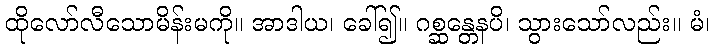
ထိုလော်လီသောမိန်းမကို။ အာဒါယ၊ ခေါ်၍။ ဂစ္ဆန္တေနပိ၊ သွားသော်လည်း။ မံ၊